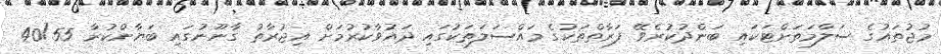
މުޖުތައުގެ ސަލާމަތަށްޓަކައި ބަންދުކުރެވޭ ފަރާތްތަކުގެ މައްސަލަތަކުގައި ދައުވާކުރުމަށް އިޖުރާތު ގާނޫނުގައި ބަޔާންކުރާ 40/55